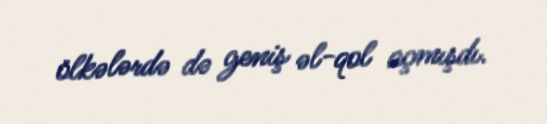
ölkələrdə də geniş əl-qol açmışdı.